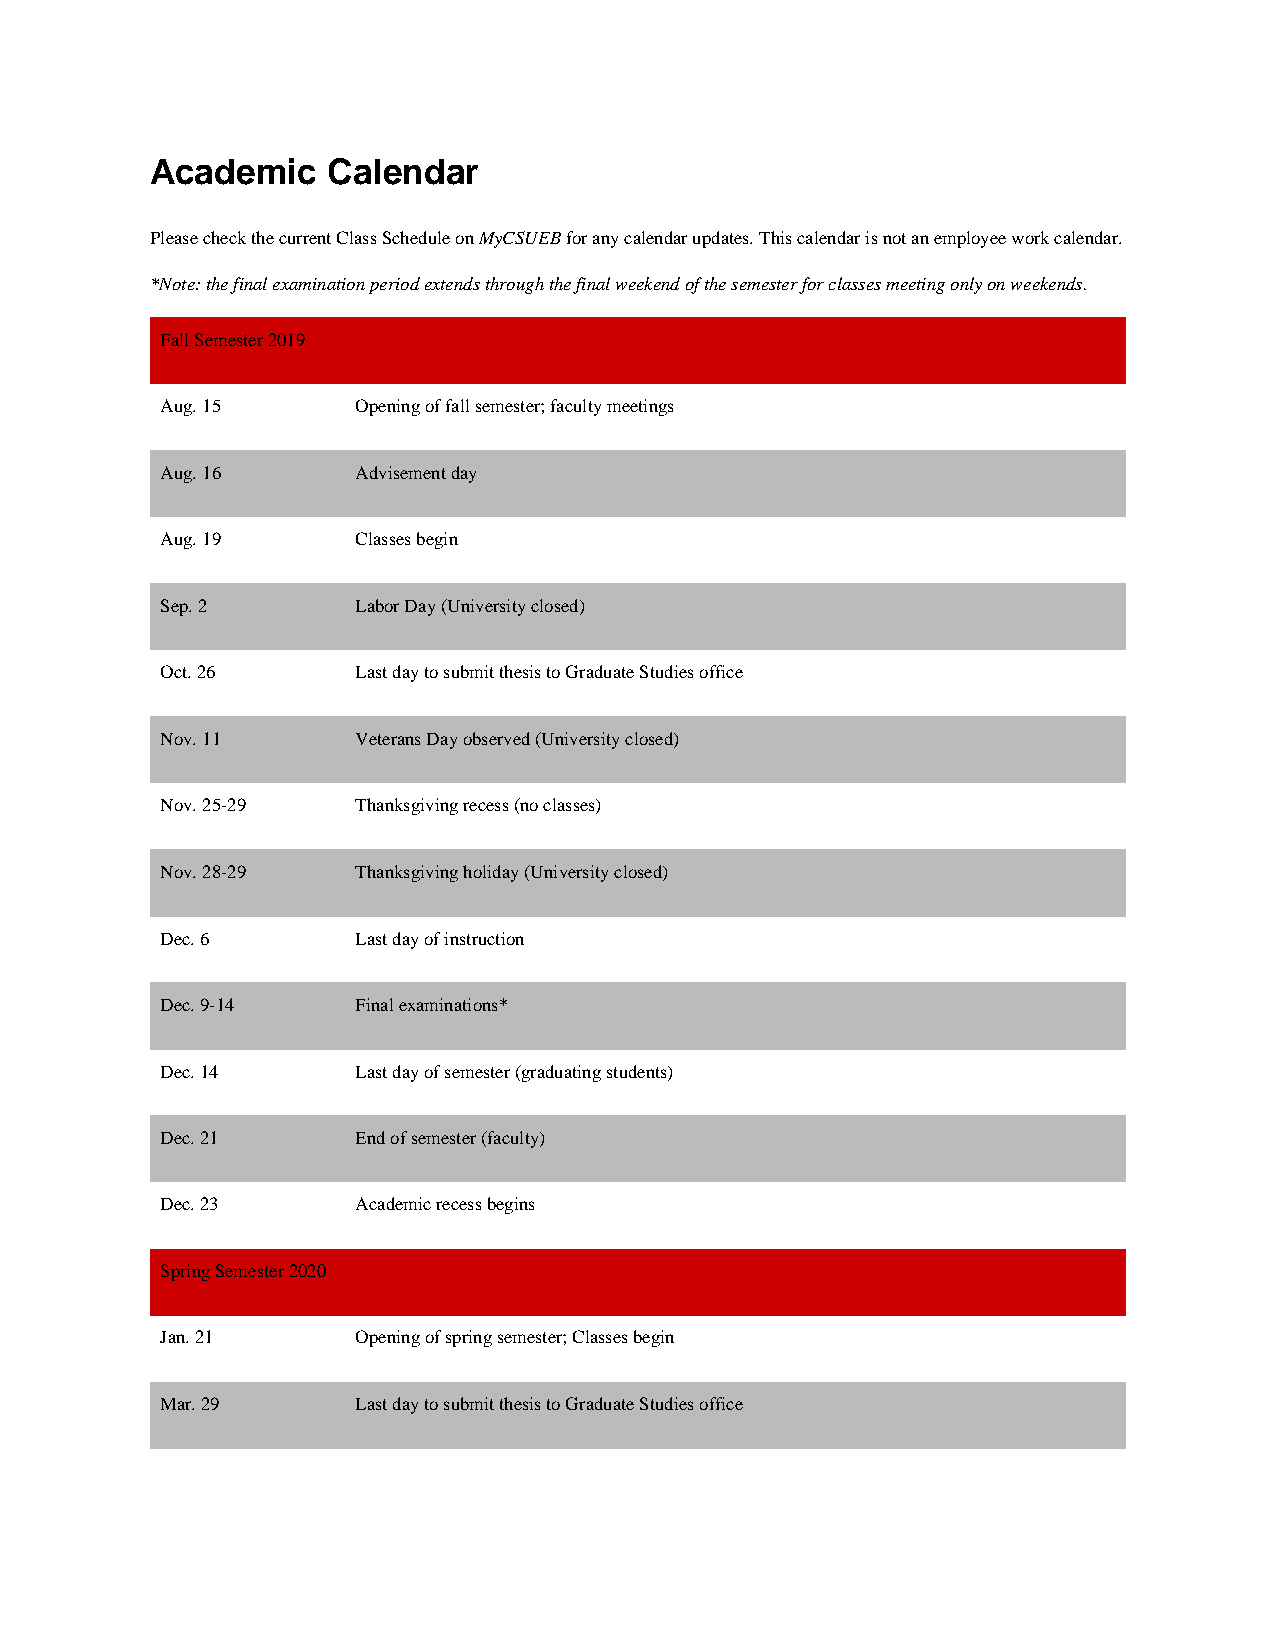
Academic    Calendar
 Please check the current Class Schedule on MyCSUEB for any calendar updates. This calendar is not an employee work calendar.
 *Note: the final examination period extends through the final weekend of the semester for classes meeting only on weekends.
 Fall Semester 2019
 Aug. 15      Opening of fall semester; faculty meetings
 Aug. 16      Advisement day
 Aug. 19      Classes begin
 Sep. 2       Labor Day (University closed)
 Oct. 26      Last day to submit thesis to Graduate Studies office
 Nov. 11      Veterans Day observed (University closed)
 Nov. 25-29   Thanksgiving recess (no classes)
 Nov. 28-29   Thanksgiving holiday (University closed)
 Dec. 6       Last day of instruction
 Dec. 9-14    Final examinations*
 Dec. 14      Last day of semester (graduating students)
 Dec. 21      End of semester (faculty)
 Dec. 23      Academic recess begins
 Spring Semester 2020
 Jan. 21      Opening of spring semester; Classes begin
 Mar. 29      Last day to submit thesis to Graduate Studies office